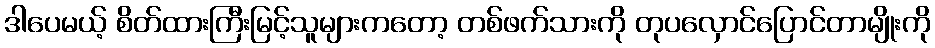
ဒါပေမယ့် စိတ်ထားကြီးမြင့်သူများကတော့ တစ်ဖက်သားကို တုပလှောင်ပြောင်တာမျိုးကို